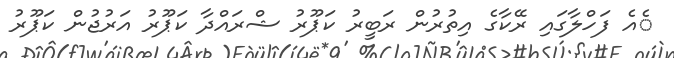
ެއެ ފަހްލާގައި ރޭކާގެ އިތުރުން ރަބީރު ކަޕޫރު ޝްރައްދާ ކަޕޫރު އަރުޖުން ކަޕޫރު